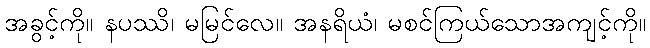
အခွင့်ကို။ နပဿိ၊ မမြင်လေ။ အနရိယံ၊ မစင်ကြယ်သောအကျင့်ကို။